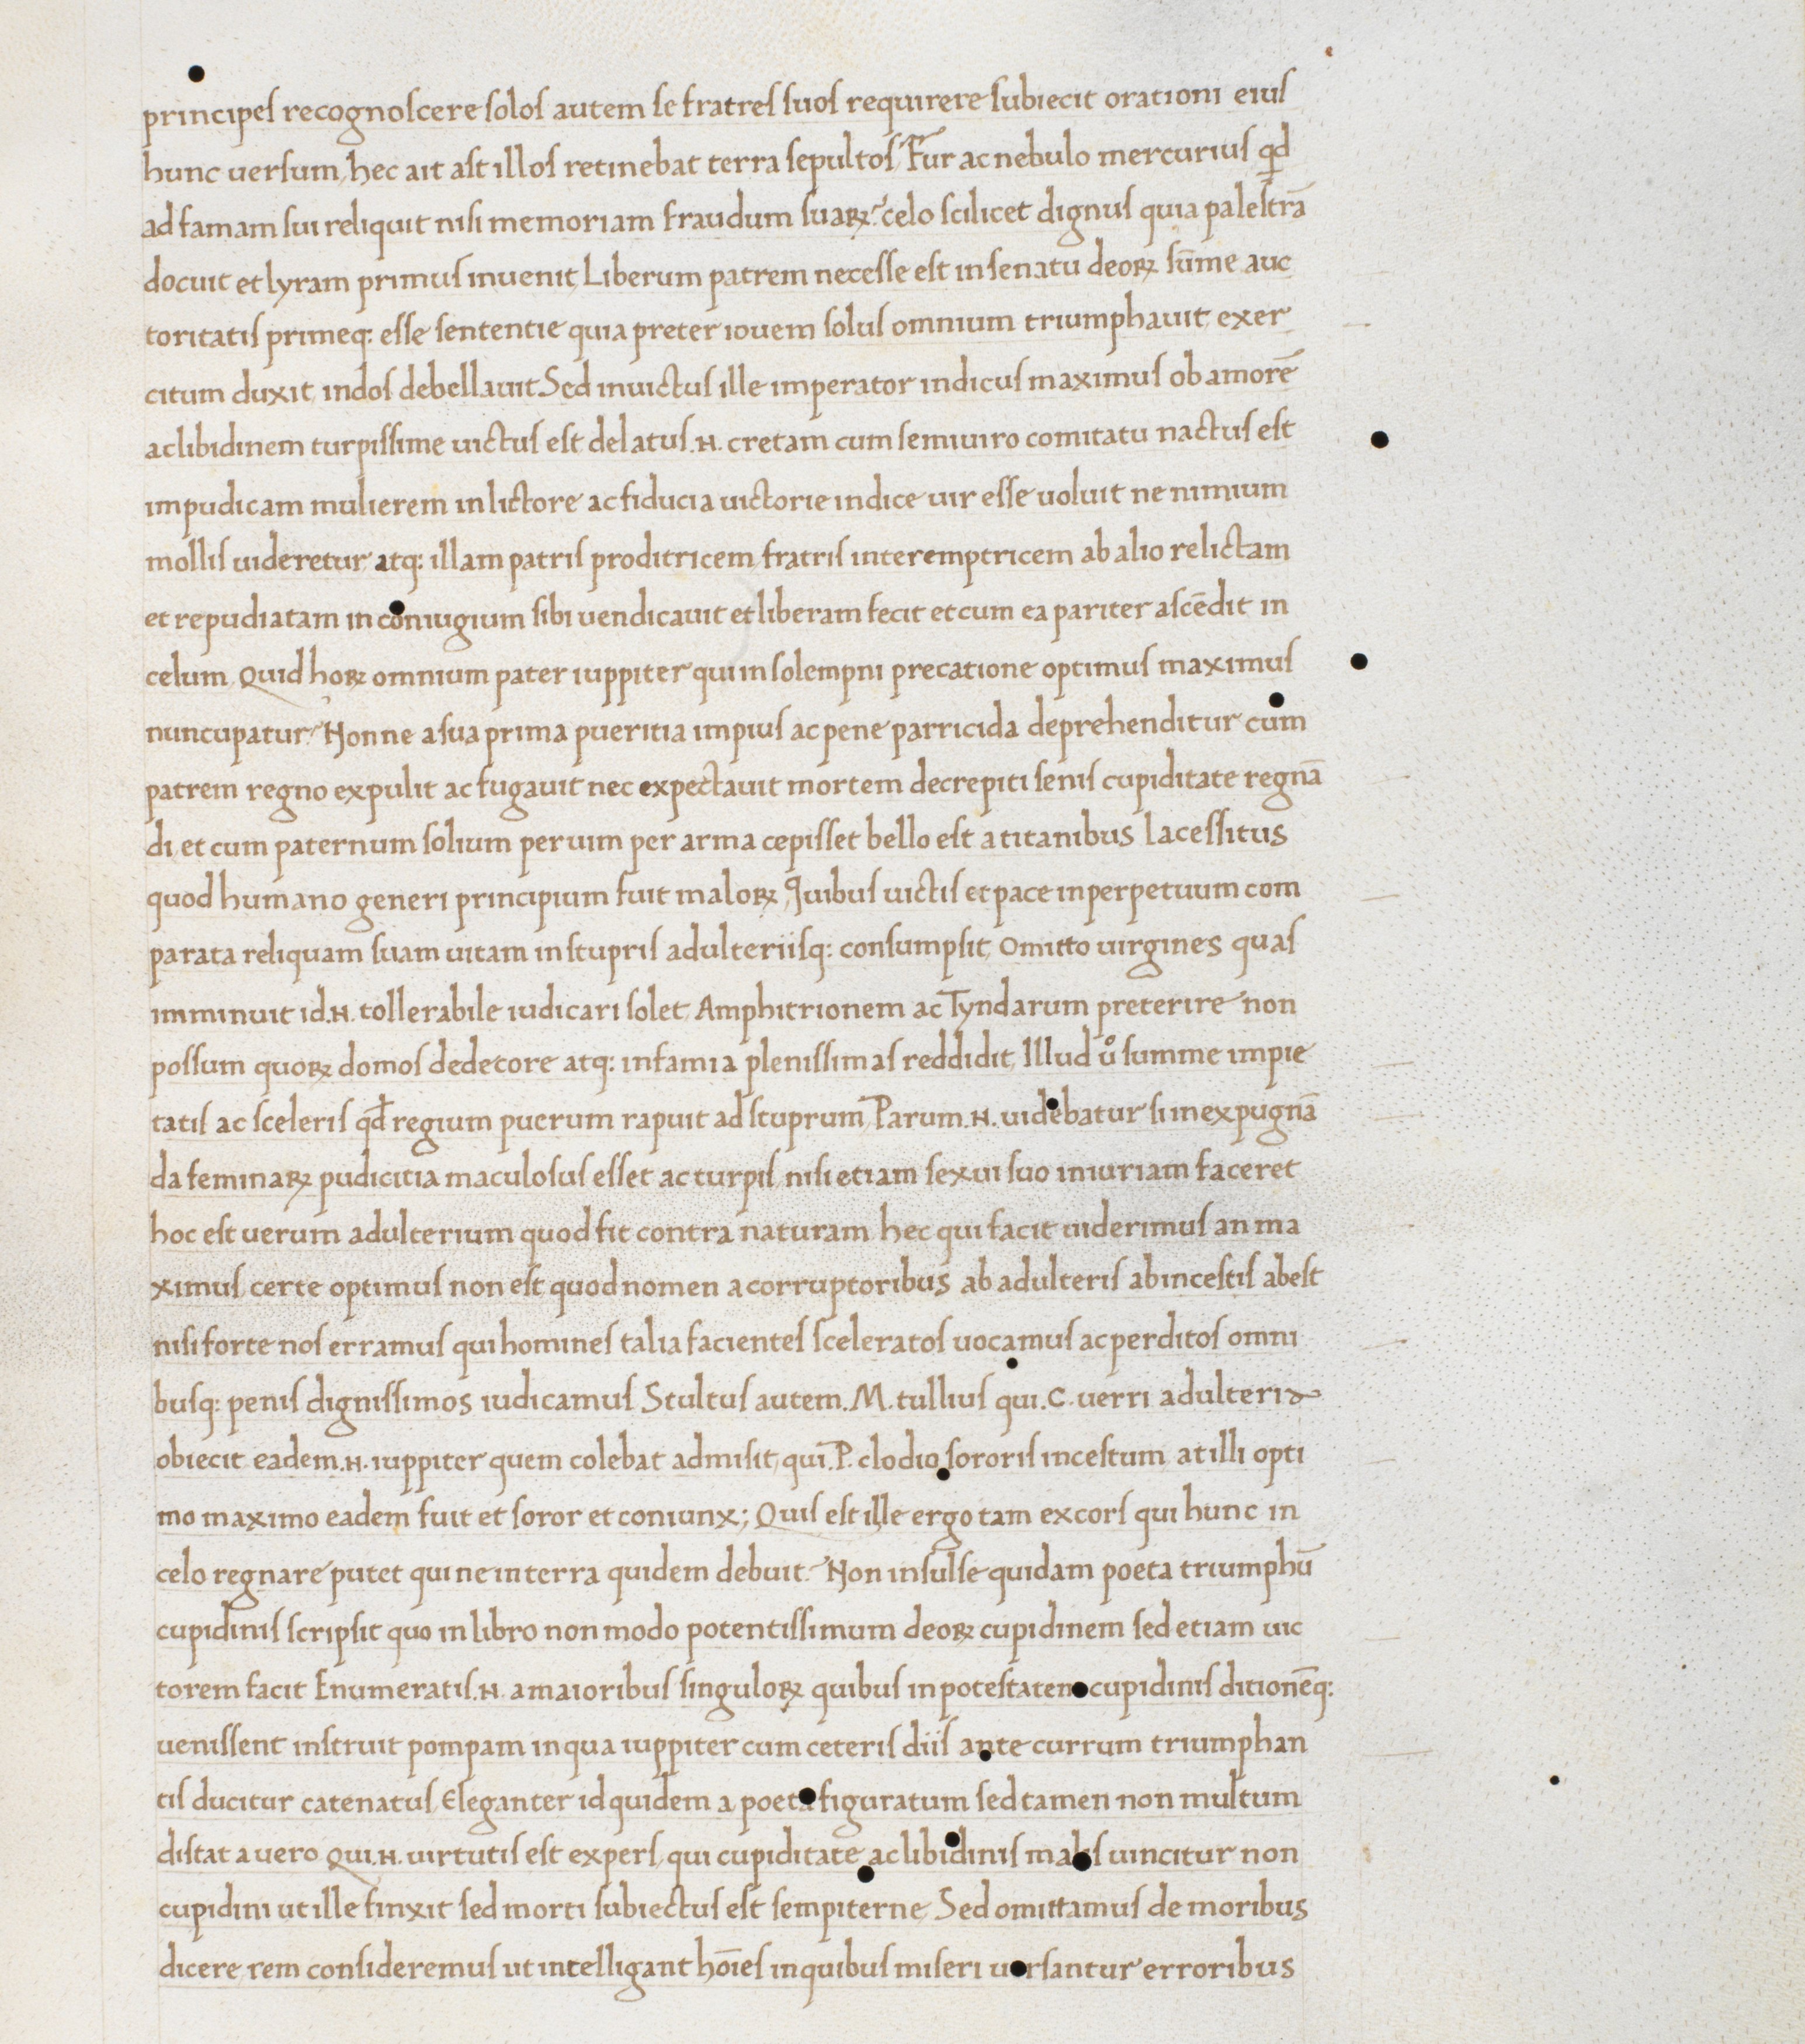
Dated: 1465–1475